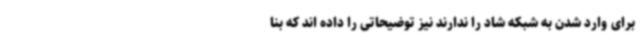
برای وارد شدن به شبکه شاد را ندارند نیز توضیحاتی را داده اند که بنا